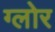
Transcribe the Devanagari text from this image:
ग्लोर